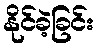
နိုင်ခဲ့ခြင်း